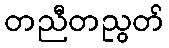
တညီတညွတ်